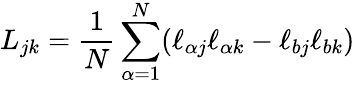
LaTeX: L_{jk}=\frac{1}{N}\sum_{\alpha=1}^{N}(\ell_{\alpha j}\ell_{\alpha k}-\ell_{bj}\ell_{bk})